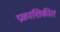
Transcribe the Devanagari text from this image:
प्रकाशिकीत